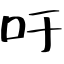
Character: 吁